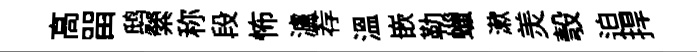
高㽞鸱縈称段怖瀘荐温嵌勒蠟漱羙彀迫捍